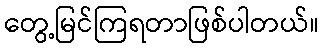
တွေ့မြင်ကြရတာဖြစ်ပါတယ်။